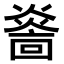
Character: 𤎭